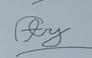
Signature authenticity: forged